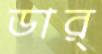
ডার্